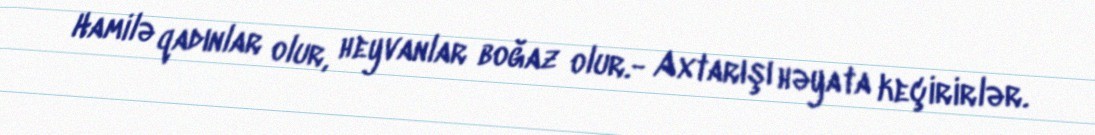
Hamilə qadınlar olur, heyvanlar boğaz olur.- Axtarışı həyata keçirirlər.